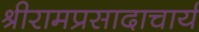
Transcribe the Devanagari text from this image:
श्रीरामप्रसादाचार्य